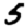
Digit: 5